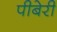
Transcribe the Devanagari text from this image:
पीबेरी